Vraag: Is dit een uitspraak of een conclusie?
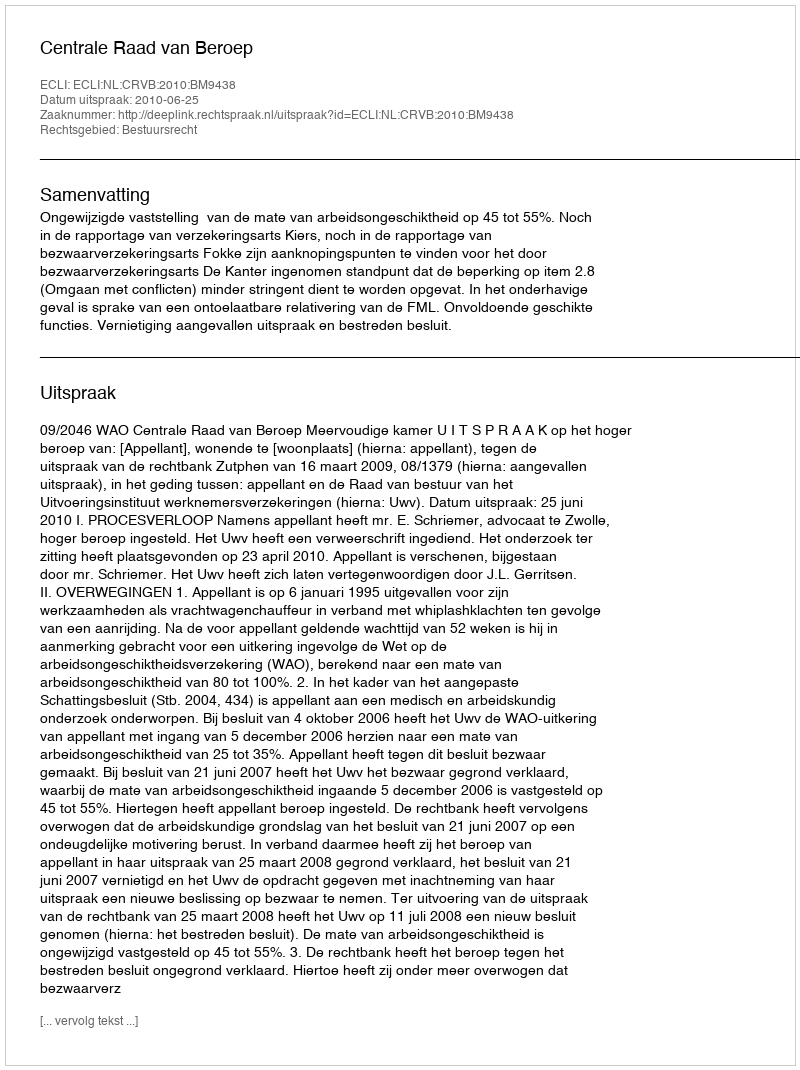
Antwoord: Uitspraak